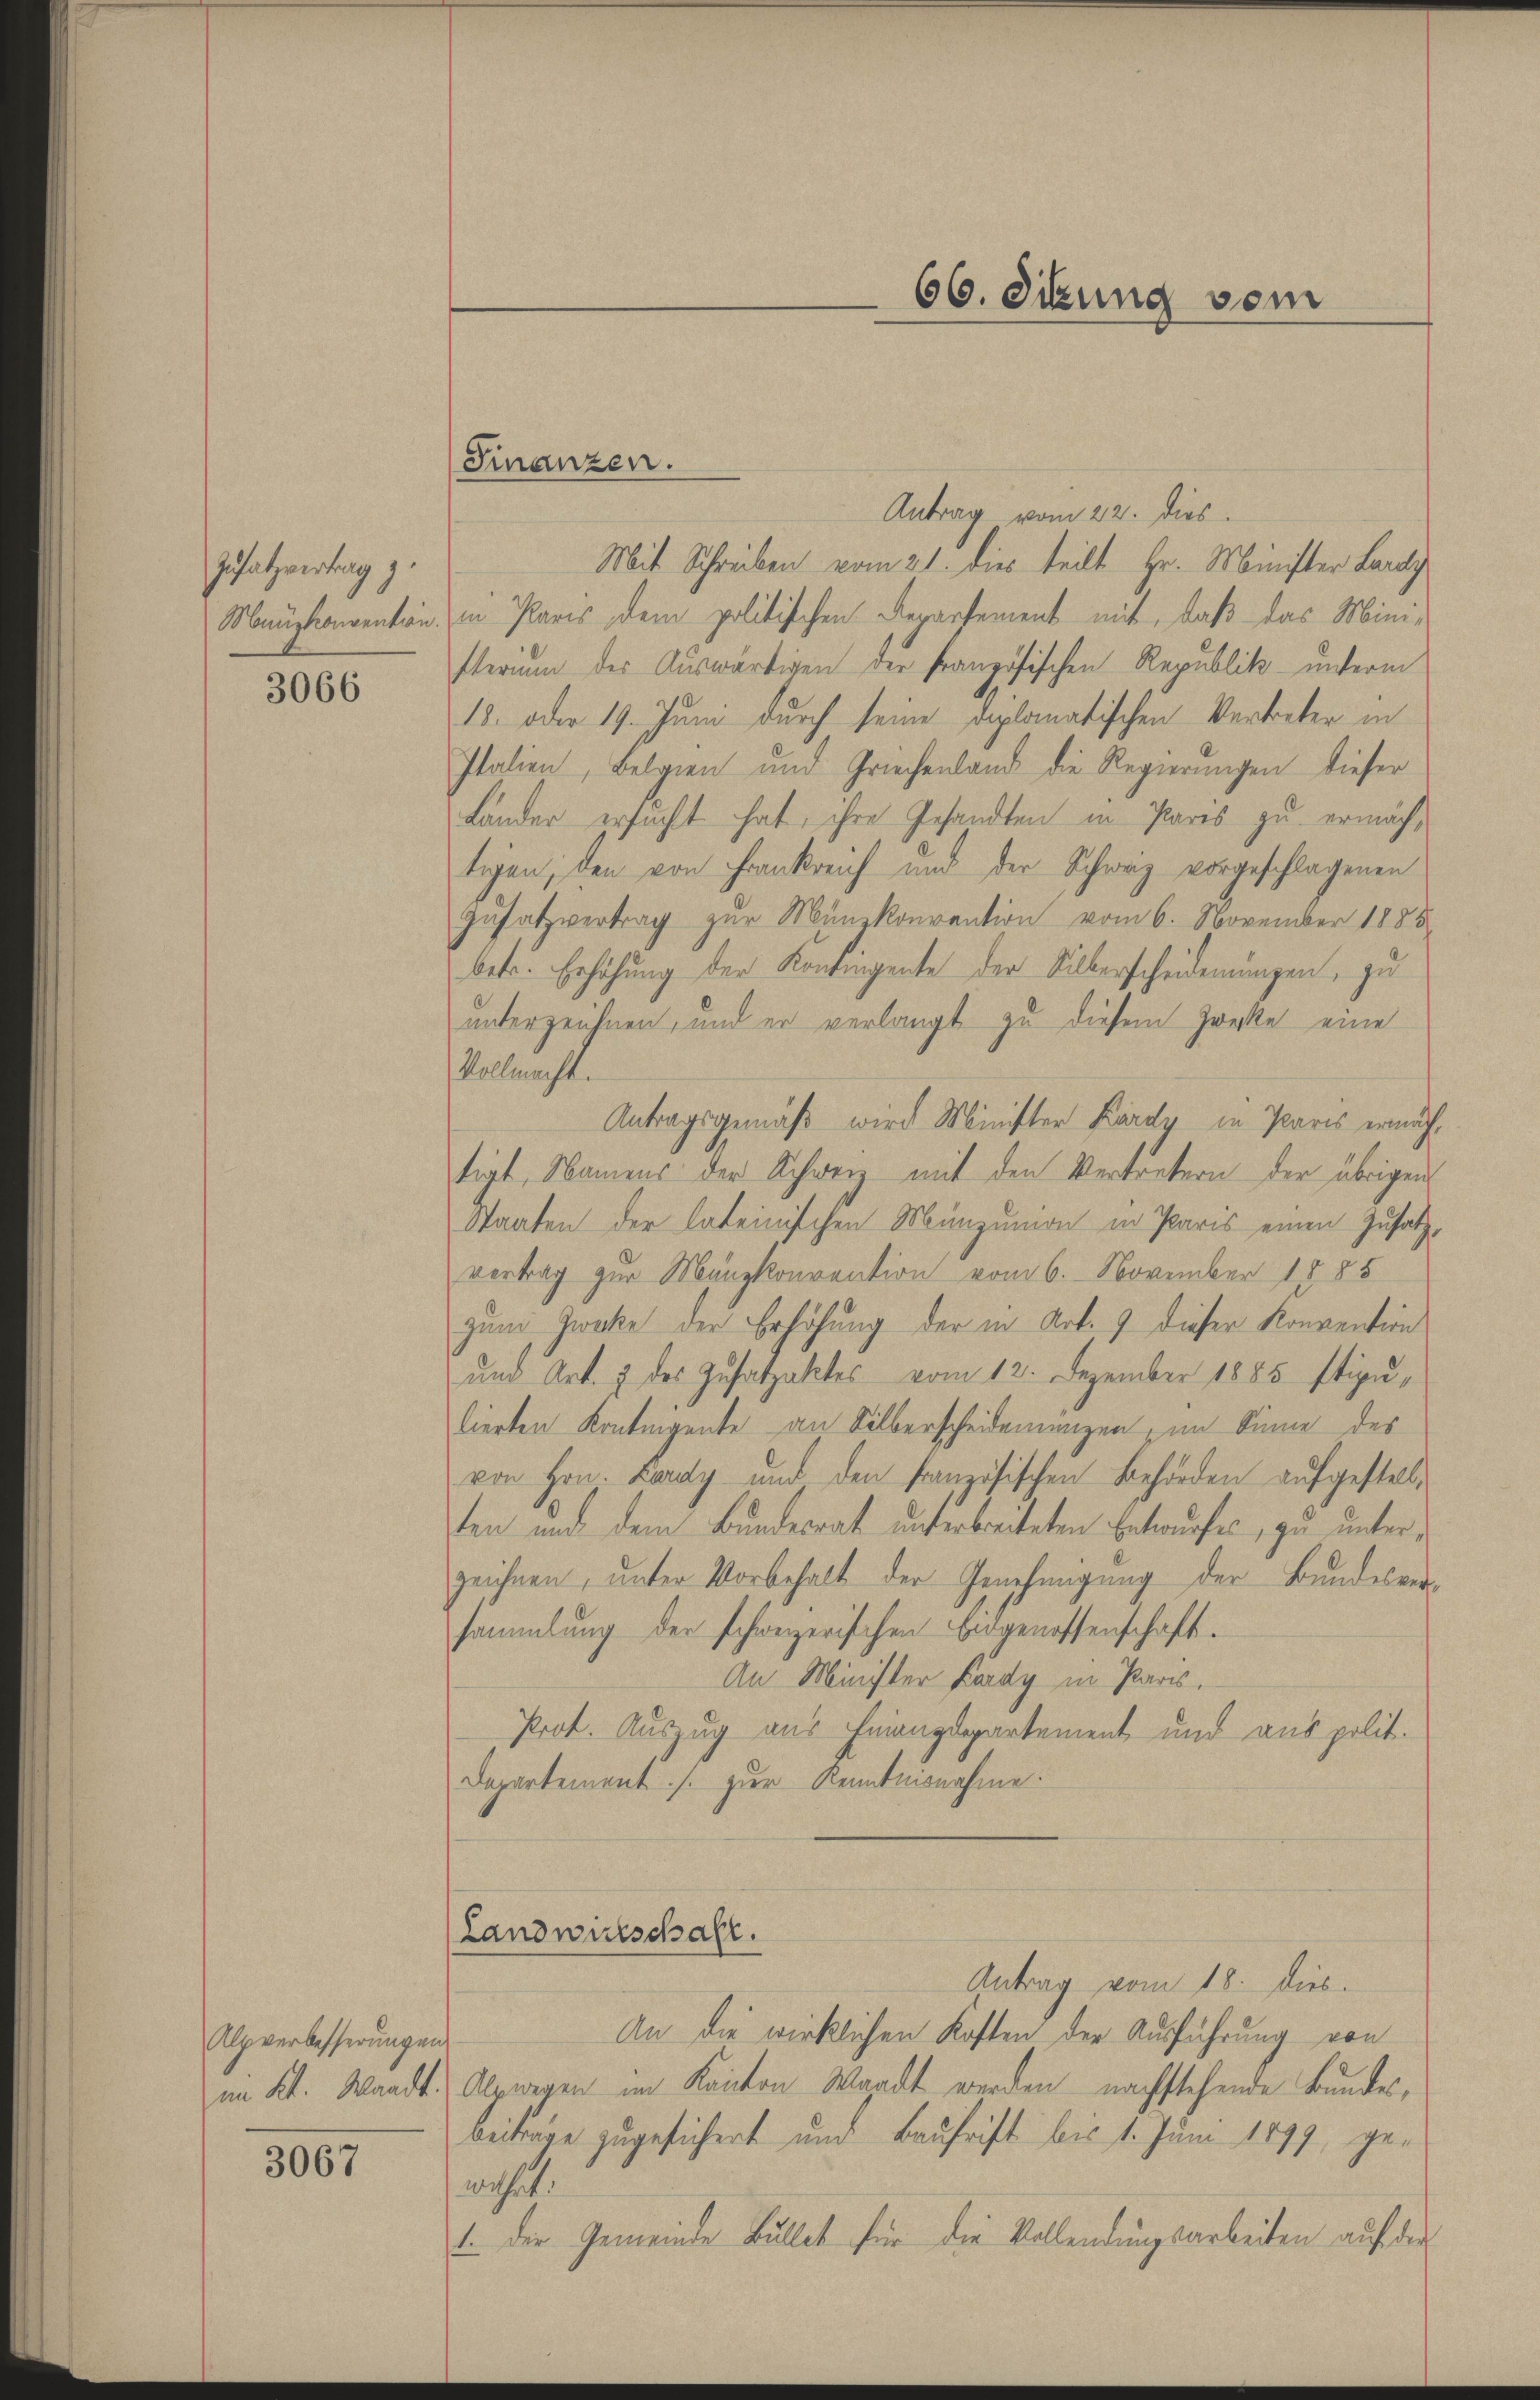
Zusatzvertrag z.
Monuzkonvention.

3066

Alpverbesserungen

3067

Finanzen.

(Landwirtschaft.

Antrag vom 22. Dies
Mit Schreiben vom 21. dies teilt Hr. Minister Lardy
in Paris dem politischen Departement mit, daß das Mini-
sterium der Auswärtigen der französischen Republik unterm
18. oder 19. Juni durch seine diplomatischen Vertreter in
Italien, Belgien und Griechenland die Regierungen dieser
Länder ersucht hat, ihre Gesandten in Pares zu ermächtigen, den von Frankreich und der Schweiz vorgeschlagenen
Zusatzvertrag zur Münzkonvention vom 6. November 1885
betr. Erhöhung der Kontingente der Silberscheidenungen, zu
unterzeichnen, und er verlangt zu diesem Zwecke eine
Vollmacht.
Antragsgemäß wird Minister Kärdy in Paris ermächtigt, Namens der Schweiz mit den Vertretern der übrigen
Staaten der lateinischen Münzunion in Paris einen Zusatzvertrag zur Manzkonvention vom 6. November 1885
zum Zwecke der Erhöhung der in Art. 9 dieser Konvention
und Art. 3 des Zusatzaktes vom 12. Dezember 1885 stipulierten Konteigente an Silberscheidenungen im Sinne des
von Hrn. Lardy und den Französischen Behörden aufgestellten und dem Bundesrat unterbreiteten Entwurfes, zu unterzeichnen, unter Vorbehalt der Genehmigung der Bundesversammlung der schweizerischen Eidgenossenschaft.
An Minister Lardy in Paris,
Prot. Auszug aus Finanzdepartement und aus polit.
Departement s. zur Kenntnisnahme.

66. Sitzung vom

Antrag vom 18. Dies
An die wirklichen Kosten der Ausführung von
im Kt. Waadt. Alswegen im Kanton Waadt werden nachstehende Bundesbeitrage zugesichert und Baufrist bis 1. Juni 1899, gewehrt.
1. Der Gemeinde Bullet für die Vollendungsarbeiten auf der